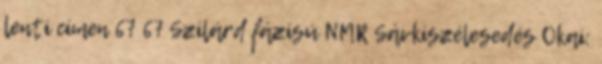
lenti címen 67 67 Szilárd fázisú NMR Sávkiszélesedés Okai: